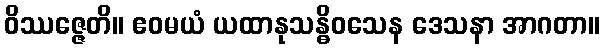
ဝိဿဇ္ဇေတိ။ ဧဝမယံ ယထာနုသန္ဓိဝသေန ဒေသနာ အာဂတာ။